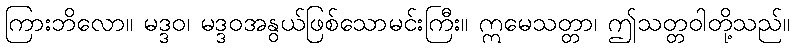
ကြားဘိလော။ မဒ္ဒဝ၊ မဒ္ဒဝအနွယ်ဖြစ်သောမင်းကြီး။ ဣမေသတ္တာ၊ ဤသတ္တဝါတို့သည်။